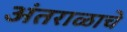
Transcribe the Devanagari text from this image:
अंतराळाचे